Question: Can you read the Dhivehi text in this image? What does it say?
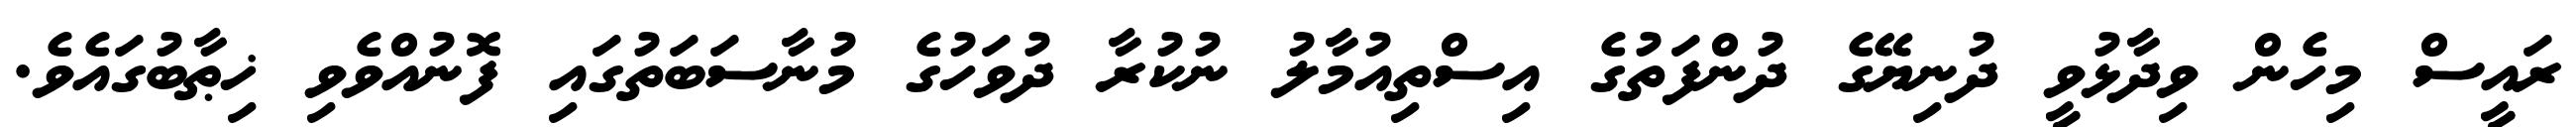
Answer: ރައީސް މިހެން ވިދާޅުވީ ދުނިޔޭގެ ދުންފަތުގެ އިސްތިއުމާލު ނުކުރާ ދުވަހުގެ މުނާސަބަތުގައި ފޮނުއްވެވި ޚިޠާބުގައެވެ.